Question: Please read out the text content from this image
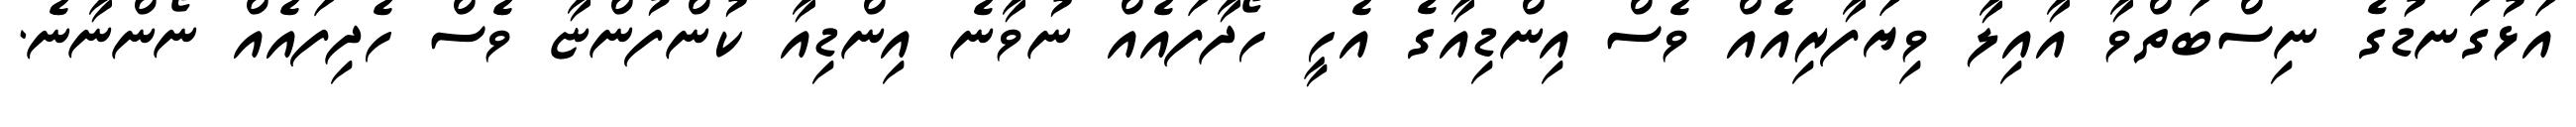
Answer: އަޅުގަނޑުގެ ނިސްބަތްވާ އާއިލާ ވިޔަފާރިއެއް ވެސް އިންޑިއާގެ އެހީ ހޯދާފައެއް ނުވާނެ އިންޑިއާ ކުންފުންޏާ ވެސް ހެދިފައެއް ނޯންނާނެ.